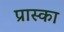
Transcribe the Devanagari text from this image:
प्रास्का